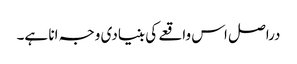
دراصل اس واقعے کی بنیادی وجہ انا ہے۔